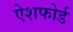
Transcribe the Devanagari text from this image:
ऐशफोर्ड